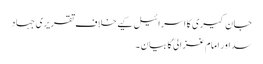
جان کیری کا اسرائیل کیے خلاف تقریری جہاد
سد اور امام غزالی ؒ کا بیان ۔